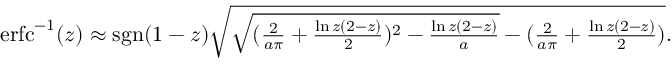
\begin{array} { r } { \operatorname { e r f c } ^ { - 1 } ( z ) \approx \operatorname { s g n } ( 1 - z ) \sqrt { \sqrt { ( \frac { 2 } { a \pi } + \frac { \ln z ( 2 - z ) } { 2 } ) ^ { 2 } - \frac { \ln z ( 2 - z ) } { a } } - ( \frac { 2 } { a \pi } + \frac { \ln z ( 2 - z ) } { 2 } ) } . } \end{array}